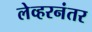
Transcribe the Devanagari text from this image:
लेव्हरनंतर